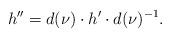
LaTeX: \begin{align*} h'' = d(\nu) \cdot h' \cdot d(\nu)^{-1}.\end{align*}